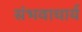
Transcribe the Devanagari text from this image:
संभवाचार्य